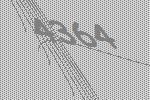
4364